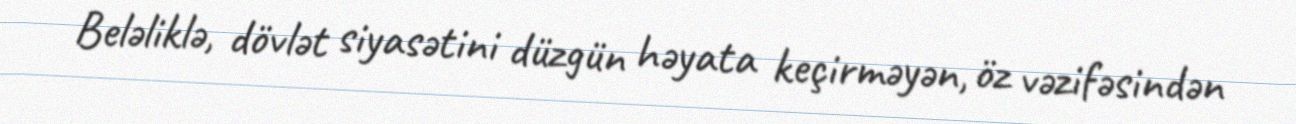
Beləliklə, dövlət siyasətini düzgün həyata keçirməyən, öz vəzifəsindən